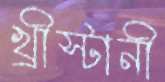
খ্রীস্টানী